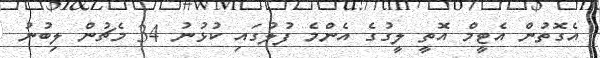
އެގޮތުން އެޓީމް އޮތީ ލީގުގެ އެންމެ ފުލުގައި ކުޅުނު 34 މެޗުން ލިބުނު